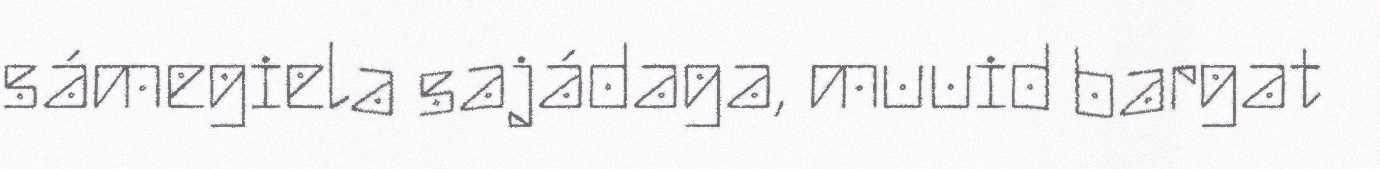
sámegiela sajádaga, muuid bargat